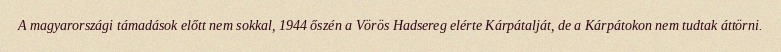
A magyarországi támadások előtt nem sokkal, 1944 őszén a Vörös Hadsereg elérte Kárpátalját, de a Kárpátokon nem tudtak áttörni.